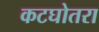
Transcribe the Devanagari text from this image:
कटघोतरा